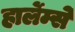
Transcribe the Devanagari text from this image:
हार्लेम्से